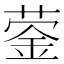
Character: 蓥